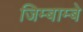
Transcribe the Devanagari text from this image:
जिम्बाम्बे